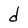
Character: d